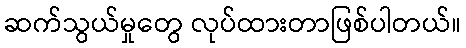
ဆက်သွယ်မှုတွေ လုပ်ထားတာဖြစ်ပါတယ်။